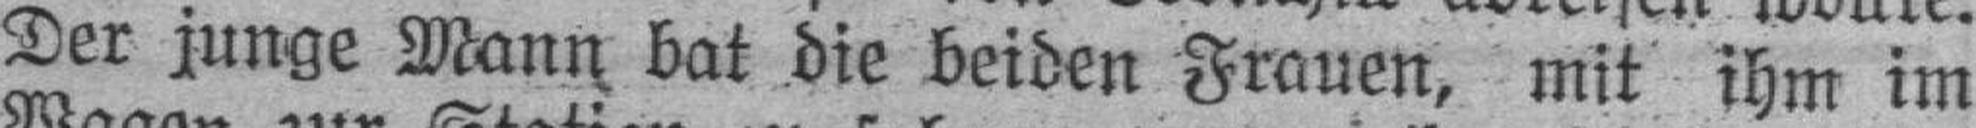
Der junge Mann bat die beiden Frauen, mit ihm im